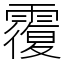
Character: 䨱